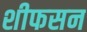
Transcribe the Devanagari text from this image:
शीफसन